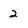
Character: 2